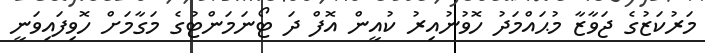
މަރުކަޒުގެ ޖަވާޒާ މުޙައްމަދު ހޮވުނުއިރު ކުއީން އޮފް ދަ ޓޯނަމަންޓުގެ މަގާމަށް ހޮވިފައިވަނީ